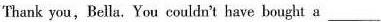
Thank you,Bella. You couldn't have bought a ___